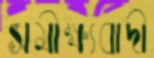
সমীক্ষ্যবাদী